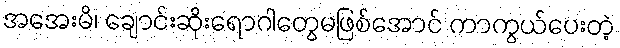
အအေးမိ၊ ချောင်းဆိုးရောဂါတွေမဖြစ်အောင် ကာကွယ်ပေးတဲ့